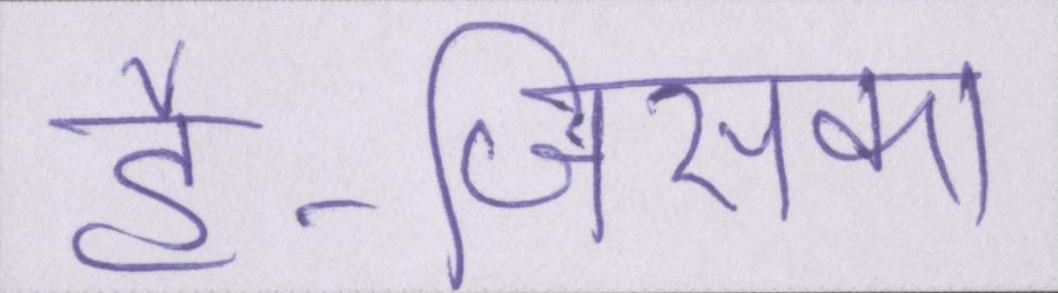
है-जिसका